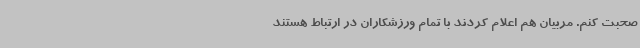
صحبت کنم. مربیان هم اعلام کردند با تمام ورزشکاران در ارتباط هستند